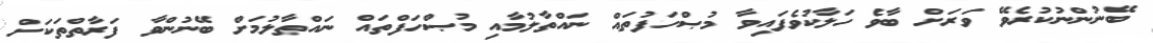
ބޭނުންނުކުރެވޭ ވަރަށް ބާވެ ހަލާކުވެފައިވާ މުޞްހަފުތައް ނައްތާލުމާއި މުޞްހަފްތައް ނައްތާލުމަށް ބޭނުންވާ ފަރާތްތަކަށް